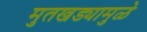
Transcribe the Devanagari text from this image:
मुतखड्यामुळे